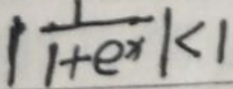
$\left|\frac{1}{1 + e^{x}}\right| < 1$